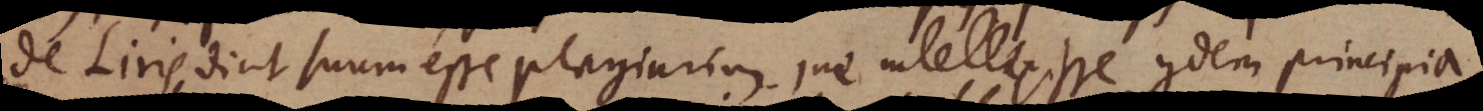
De _ dicit suum esse plagiarium, ne intellexisse quidem principia.